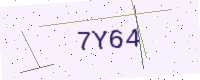
Text: 7Y64